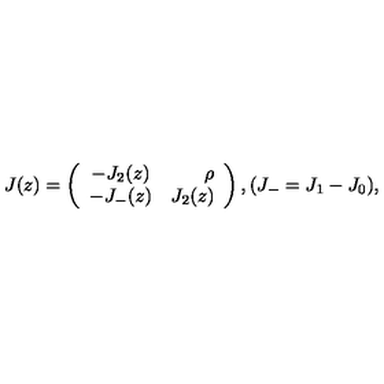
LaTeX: J ( z ) = \left( \begin{array} { c r } { - J _ { 2 } ( z ) } & { \rho } \\ { - J _ { - } ( z ) } & { J _ { 2 } ( z ) } \\ \end{array} \right) , ( J _ { - } = J _ { 1 } - J _ { 0 } ) ,